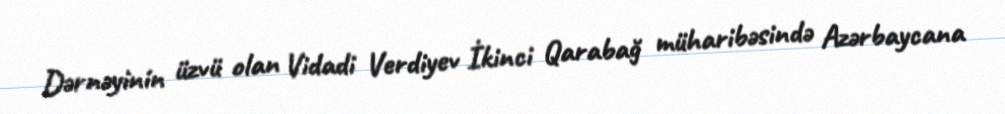
Dərnəyinin üzvü olan Vidadi Verdiyev İkinci Qarabağ müharibəsində Azərbaycana